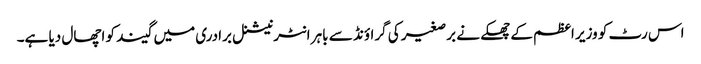
اس رٹ کو وزیر اعظم کے چھکے نے برصغیر کی گراؤنڈ سے باہر انٹرنیشنل برادری میں گیند کو اچھال دیا ہے۔